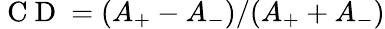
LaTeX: \mathrm{~C~D~}=(A_{+}-A_{-})/(A_{+}+A_{-})